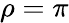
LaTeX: \rho=\pi